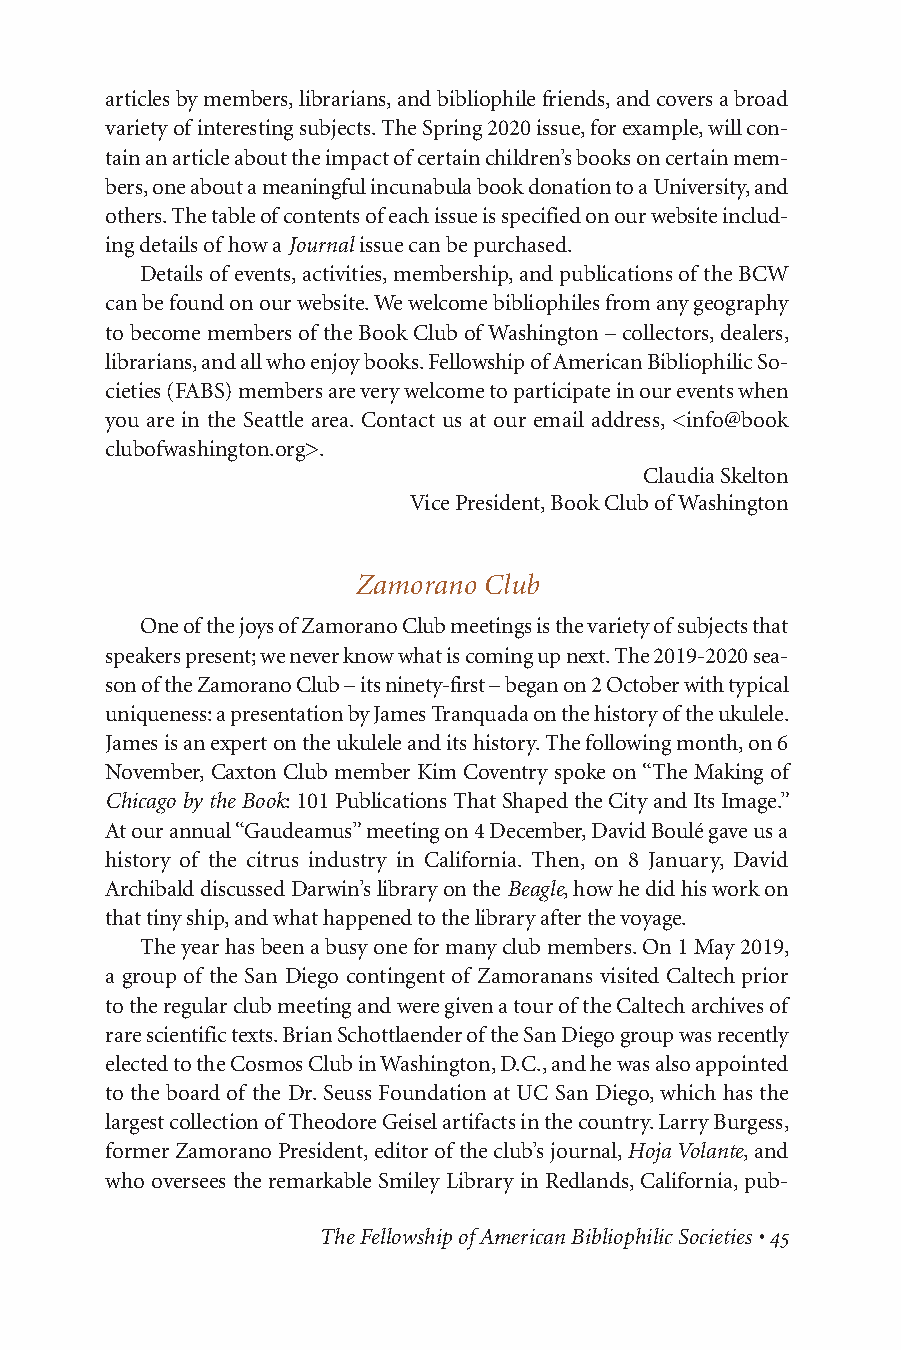
articles by members, librarians, and bibliophile friends, and covers a broad
 variety of interesting subjects. The Spring 2020 issue, for example, will con-
 tain an article about the impact of certain children’s books on certain mem-
 bers, one about a meaningful incunabula book donation to a University, and
 others. The table of contents of each issue is specified on our website includ-
 ing details of how a Journalissue can be purchased.
 Details of events, activities, membership, and publications of the BCW
 can be found on our website. We welcome bibliophiles from any geography
 to become members of the Book Club of Washington – collectors, dealers,
 librarians, and all who enjoy books. Fellowship of American Bibliophilic So-
 cieties (FABS) members are very welcome to participate in our events when
 you are in the Seattle area. Contact us at our email address, <info@book
 clubofwashington.org>.
 Claudia Skelton
 Vice President, Book Club of Washington
 Zamorano Club
 One of the joys of Zamorano Club meetings is the variety of subjects that
 speakers present; we never know what is coming up next. The 2019-2020 sea-
 son of the Zamorano Club – its ninety-first – began on 2 October with typical
 uniqueness: a presentation by James Tranquada on the history of the ukulele.
 James is an expert on the ukulele and its history. The following month, on 6
 November, Caxton Club member Kim Coventry spoke on “The Making of
 Chicago by the Book: 101 Publications That Shaped the City and Its Image.”
 At our annual “Gaudeamus” meeting on 4 December, David Boulé gave us a
 history of the citrus industry in California. Then, on 8 January, David
 Archibald discussed Darwin’s library on the Beagle, how he did his work on
 that tiny ship, and what happened to the library after the voyage.
 The year has been a busy one for many club members. On 1 May 2019,
 a group of the San Diego contingent of Zamoranans visited Caltech prior
 to the regular club meeting and were given a tour of the Caltech archives of
 rare scientific texts. Brian Schottlaender of the San Diego group was recently
 elected to the Cosmos Club in Washington, D.C., and he was also appointed
 to the board of the Dr. Seuss Foundation at UC San Diego, which has the
 largest collection of Theodore Geisel artifacts in the country. Larry Burgess,
 former Zamorano President, editor of the club’s journal, Hoja Volante, and
 who oversees the remarkable Smiley Library in Redlands, California, pub-
 The Fellowship of American Bibliophilic Societies • 